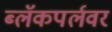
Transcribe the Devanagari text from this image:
ब्लॅकपर्लवर